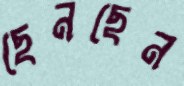
ছেনছেন